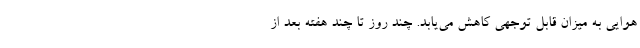
هوایی به میزان قابل توجهی کاهش می‌یابد. چند روز تا چند هفته بعد از